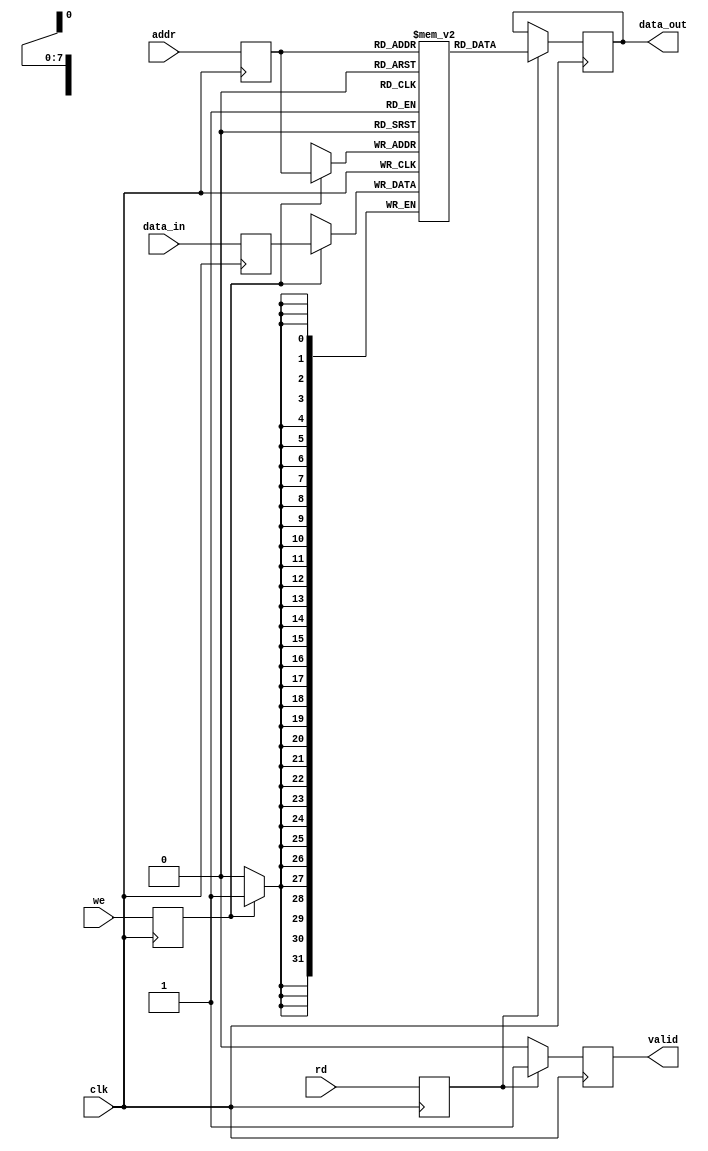
module io_blocks_pipeline_ram #(
    parameter ADDR_WIDTH = 8,  // Number of address bits
    parameter DATA_WIDTH = 32,  // Data width in bits
    parameter DEPTH = 1 << ADDR_WIDTH // Depth of the RAM
)(
    input wire clk,               // Clock signal
    input wire [ADDR_WIDTH-1:0] addr, // Address input
    input wire [DATA_WIDTH-1:0] data_in, // Data input
    input wire we,               // Write enable
    input wire rd,               // Read enable
    output reg [DATA_WIDTH-1:0] data_out, // Data output
    output reg valid             // Valid signal for data_out
);

    // Memory array
    reg [DATA_WIDTH-1:0] ram [0:DEPTH-1];

    // Pipeline registers
    reg [ADDR_WIDTH-1:0] addr_reg;
    reg [DATA_WIDTH-1:0] data_in_reg;
    reg we_reg, rd_reg;

    // Pipelining stages
    always @(posedge clk) begin
        // Stage 1: Latch inputs
        addr_reg <= addr;
        data_in_reg <= data_in;
        we_reg <= we;
        rd_reg <= rd;
    end

    always @(posedge clk) begin
        // Stage 2: Write operation
        if (we_reg) begin
            ram[addr_reg] <= data_in_reg;
        end
    end

    always @(posedge clk) begin
        // Stage 3: Read operation
        if (rd_reg) begin
            data_out <= ram[addr_reg];
            valid <= 1'b1; // Indicate valid data
        end else begin
            valid <= 1'b0; // No valid data if not reading
        end
    end

endmodule